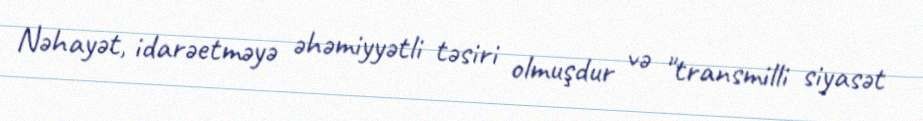
Nəhayət, idarəetməyə əhəmiyyətli təsiri olmuşdur və "transmilli siyasət